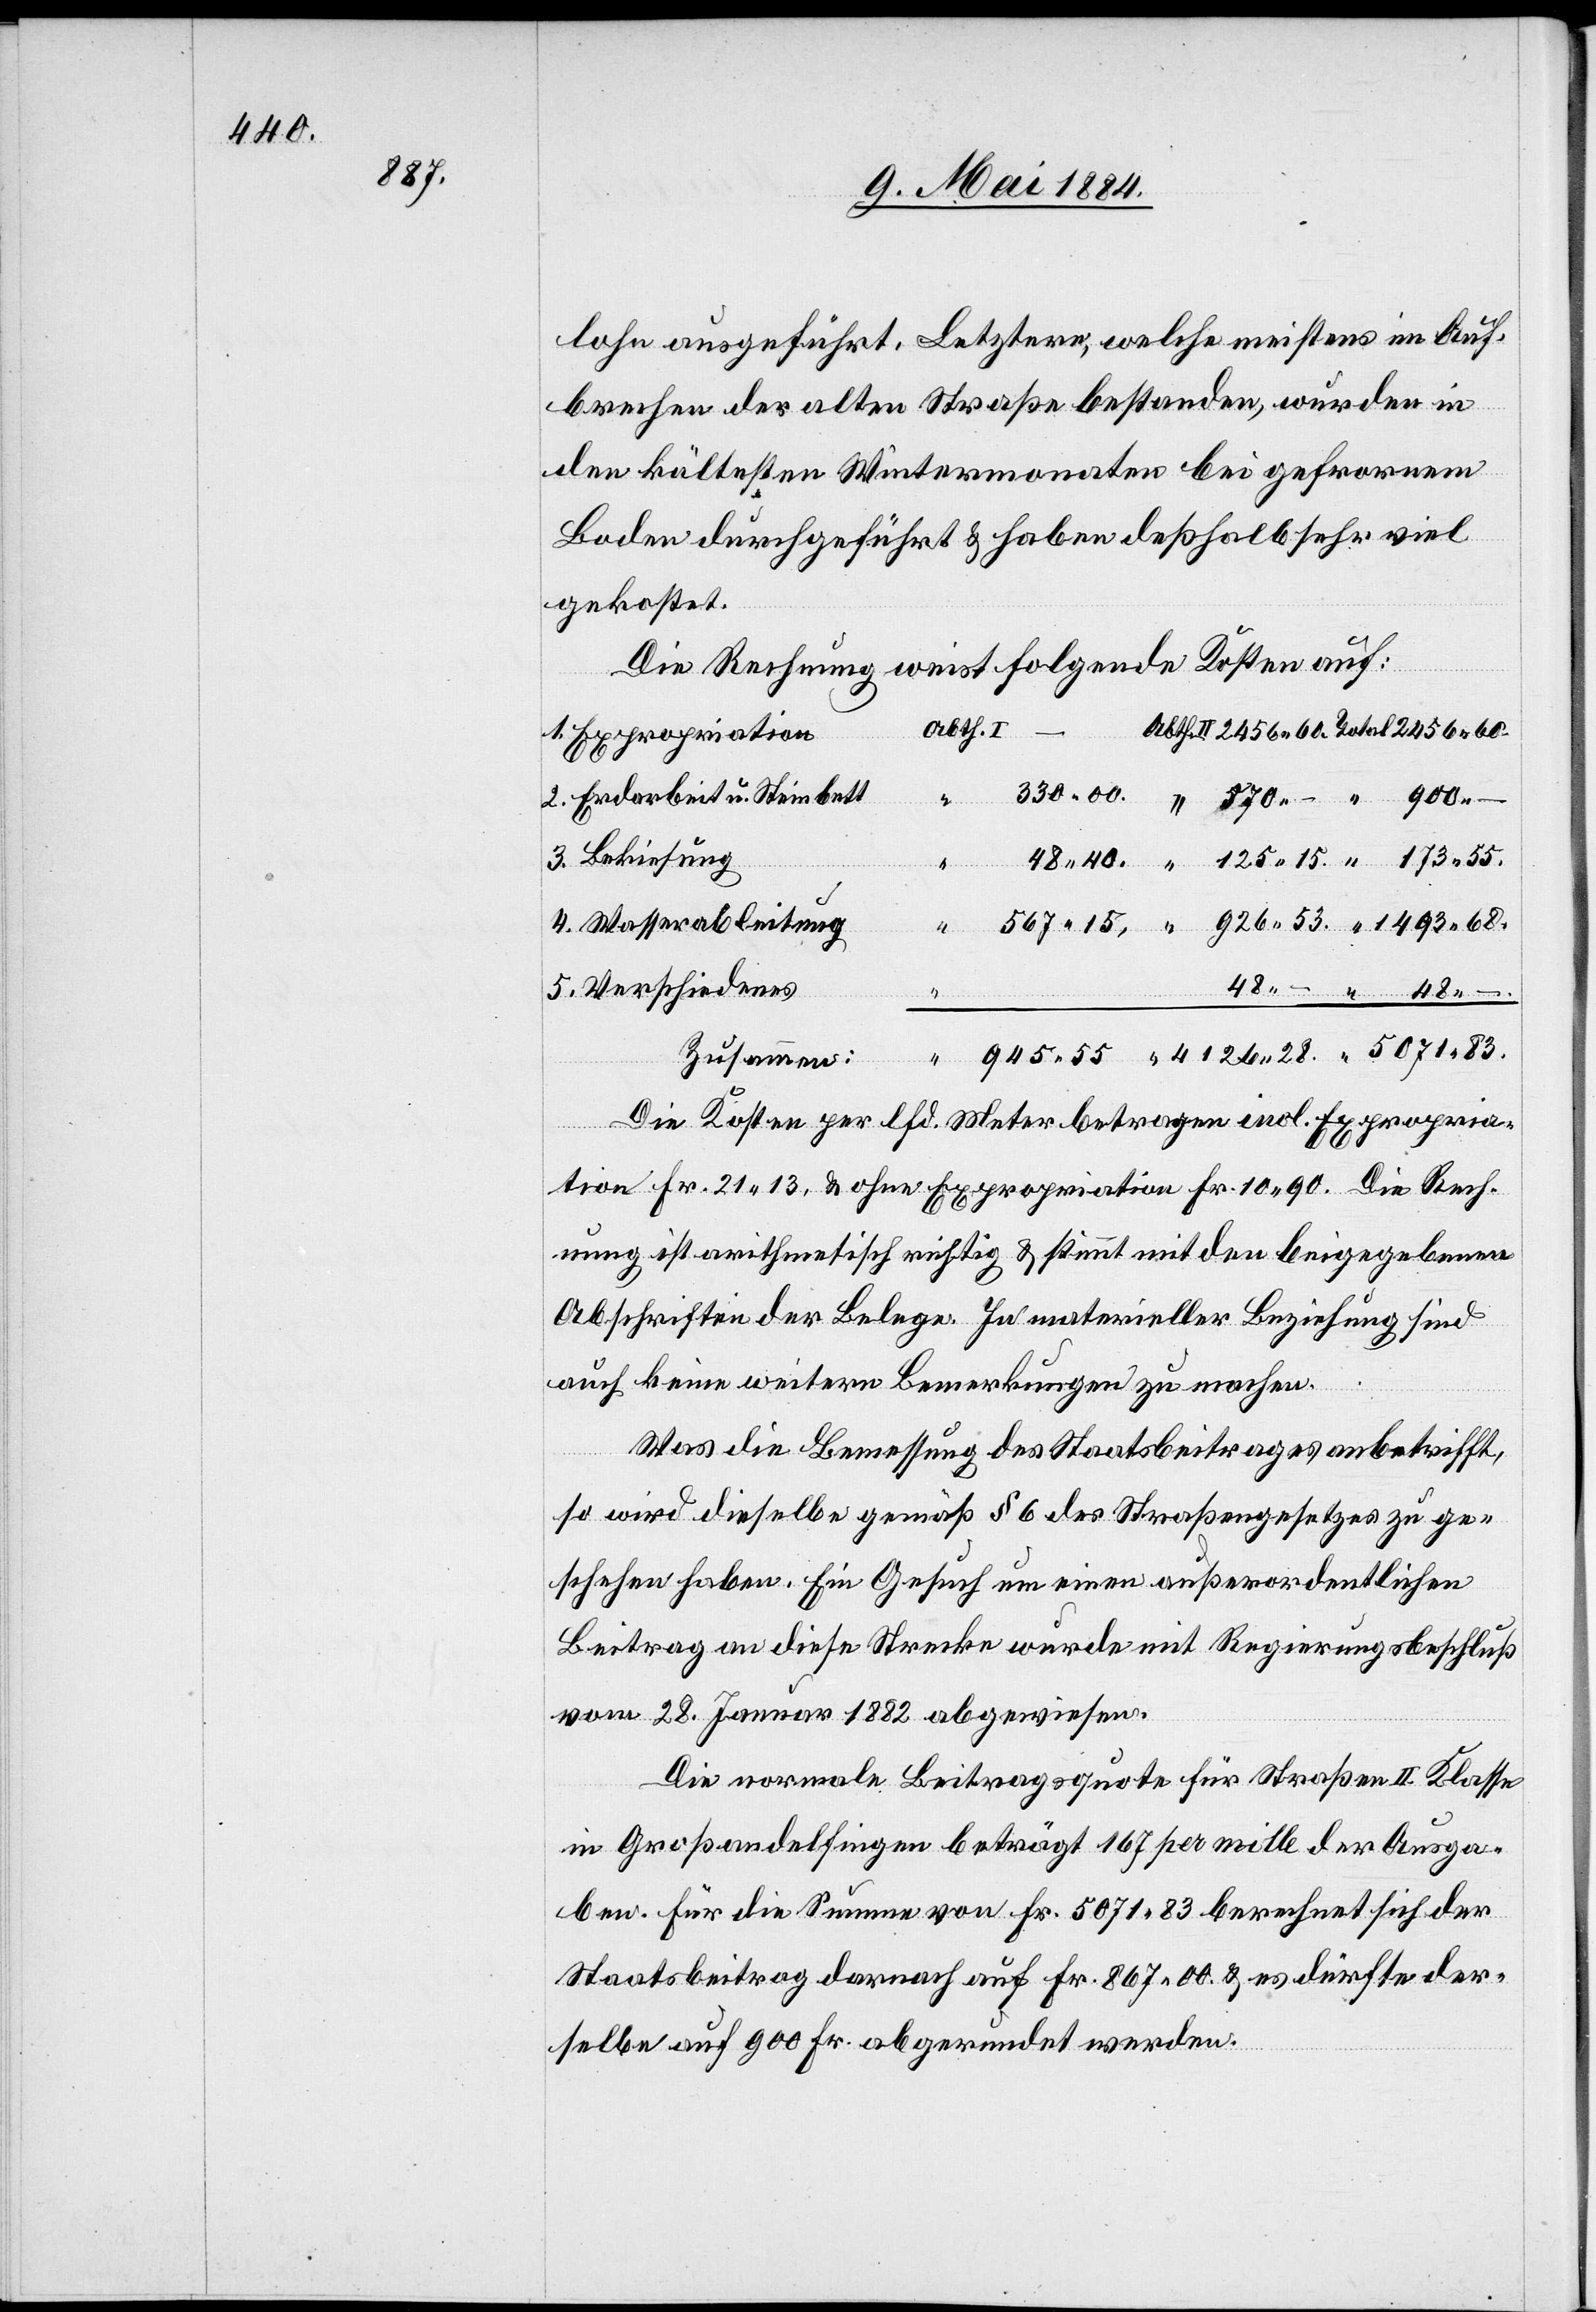
lohn ausgeführt. Letztere, welche meistens im Auf¬
brechen der alten Straße bestanden, wurden in
den kältesten Wintermonaten bei gefrorenem
Boden durchgeführt & haben deßhalb sehr viel
gekostet.
28
Die Rechnung weist folgende Kosten auf:
Abth. II
1. Expropriation
2. Erdarbeit u. Steinbett
3. Bekiesung
4. Wasserableitung
5. Verschiedenes
“
“
Die Kosten per lfd. Meter betragen incl. Expropria¬
tion Fr. 21 13 & ohne Expropriation Fr. 10 90. Die Rech¬
nung ist arithmetisch richtig & stimmt mit den beigegebenen
Abschriften der Belege. In materieller Beziehung sind
auch keine weitern Bemerkungen zu machen.
Was die Bemessung des Staatsbeitrages anbetrifft,
Total
so wird dieselbe gemäß § 6 des Straßengesetzes zu ge¬
schehen haben. Ein Gesuch um einen außerordentlichen
Beitrag an diese Strecke wurde mit Regierungsbeschluß
vom 28. Januar 1882 abgewiesen.
Die normale Beitragsquote für Straßen II. Klasse
in Großandelfingen beträgt 167 per mille der Ausga¬
ben. Für die Summe von Fr. 5071 83 berechnet sich der
Staatsbeitrag darnach auf Fr. 867 00 & es dürfte der¬
selbe auf 900 Fr. abgerundet werden.